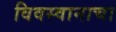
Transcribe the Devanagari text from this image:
विवस्वानाचा